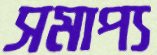
সমাপ্য